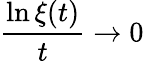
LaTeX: {\frac{\ln\xi(t)}{t}}\to 0